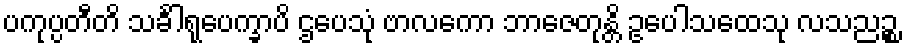
ပကုပ္ပတီတိ သင်္ခါရုပေက္ခာပိ ဌပေသုံ ဗာလကော ဘာဇေတုန္တိ ဥပေါသထေသု လသညဉ္စ